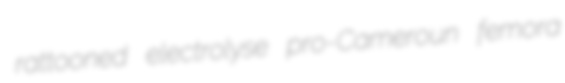
rattooned electrolyse pro-Cameroun femora